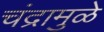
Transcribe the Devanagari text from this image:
चंद्रामुळे